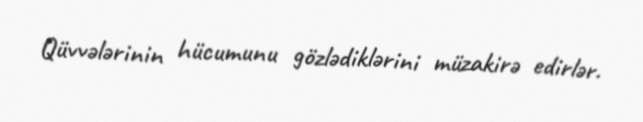
Qüvvələrinin hücumunu gözlədiklərini müzakirə edirlər.